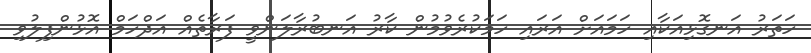
ހަތަރު އަނގޮޅިއަކާއި ހަމައަށް އަރައި ހަމަކުރެވުމުން ކާރު އަނބުރާލަންވީ ފަރާތެއް އަދްހަމް އޮޅުންފިލުވި